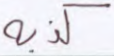
كذبه